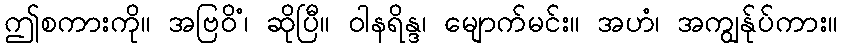
ဤစကားကို။ အဗြဝိံ၊ ဆိုပြီ။ ဝါနရိန္ဒ၊ မျောက်မင်း။ အဟံ၊ အကျွန်ုပ်ကား။